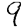
Digit: 9